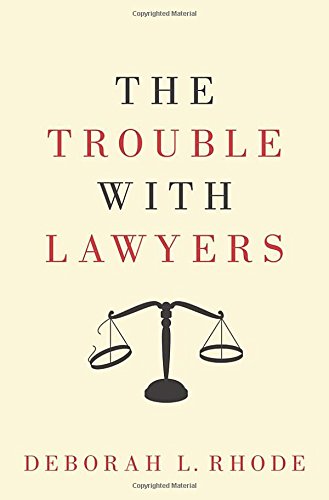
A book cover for The Trouble with Lawyers; Deborah L. Rhode; Law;